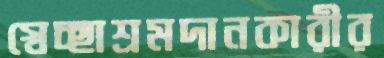
স্বেচ্ছাশ্রমদানকারীর